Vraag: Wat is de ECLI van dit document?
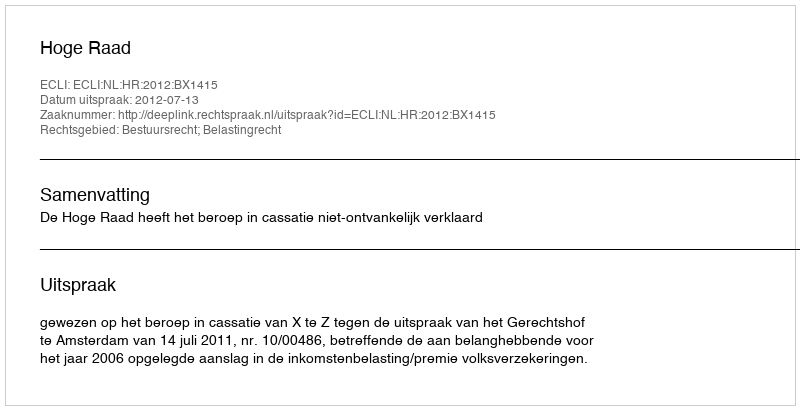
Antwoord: ECLI:NL:HR:2012:BX1415